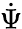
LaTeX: \dot{\Psi}